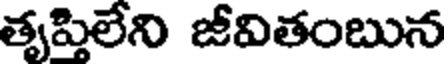
తృపిలేని జీవితంబున